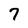
Character: 7